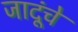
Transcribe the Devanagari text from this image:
जादूंचे